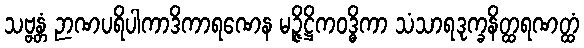
သဗ္ဗန္တံ ဉာဏပရိပါကာဒိကာရဏေန မဉ္ဇိဋ္ဌိကဝဒ္ဓိကာ သံသာရဒုက္ခနိတ္ထရဏတ္ထံ